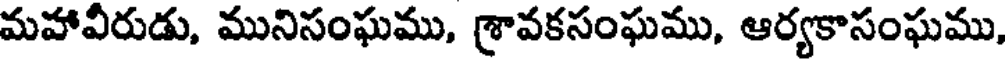
మహావీరుడు, మునిసంఘము, శ్రావకసంఘము, ఆర్యకాసంఘము,